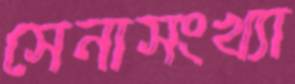
সেনাসংখ্যা